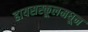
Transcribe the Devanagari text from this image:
हायसस्कूलमधून